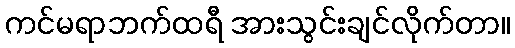
ကင်မရာဘက်ထရီ အားသွင်းချင်လိုက်တာ။